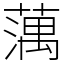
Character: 蕅